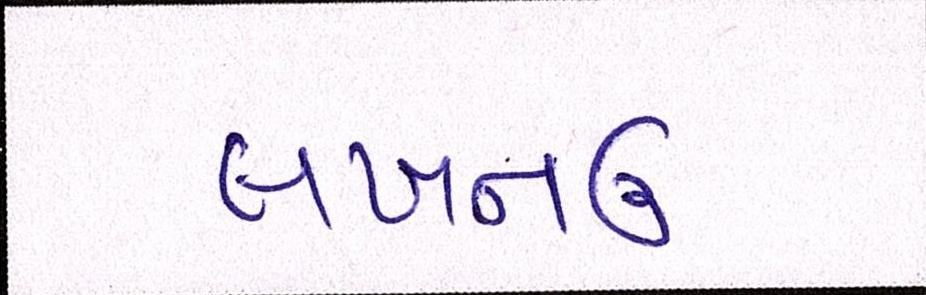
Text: લખનઉ